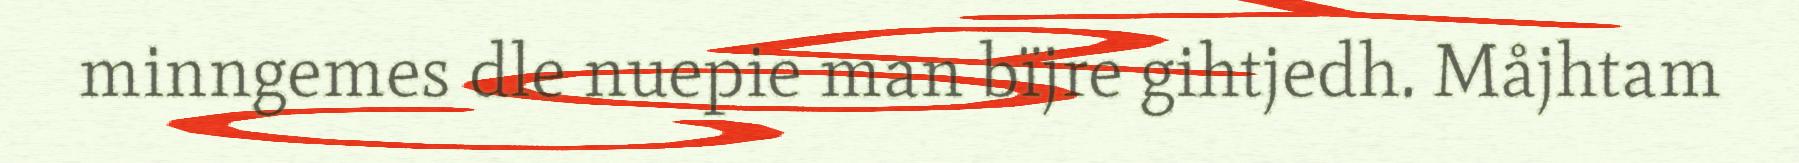
minngemes dle nuepie man bïjre gihtjedh. Måjhtam